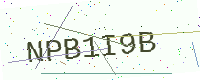
Text: NPB1I9B